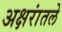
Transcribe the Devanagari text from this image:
अक्षरांतले